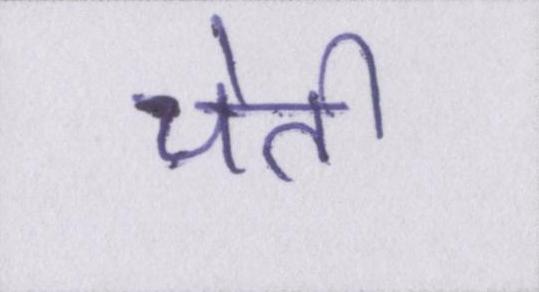
चेती